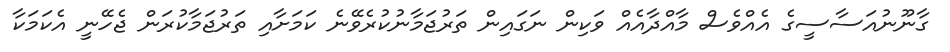
ގާނޫނުއަސާސީގެ އެއްވެސް މާއްދާއެއް ވަކިން ނަގައިން ތަރުޖަމާނުކުރެވޭނެ ކަމަށާއި ތަރުޖަމާކުރަން ޖެހޭނީ އެކަމަކާ